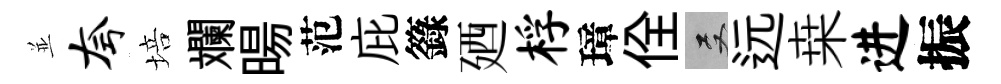
並夸培斕暘范庇籙廼桴璋佺双远桒进振